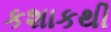
કશાકથી